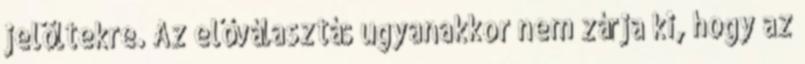
jelöltekre. Az előválasztás ugyanakkor nem zárja ki, hogy az